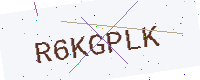
Text: R6KGPLK